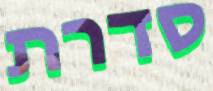
סדרת